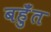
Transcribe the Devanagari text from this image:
बहुँत